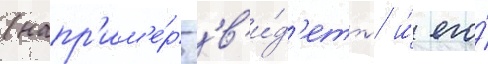
(напр'им'е́р 'в'и́д'еть' и́ его́